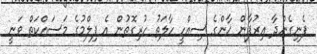
ފެނިގެންދާ އިރުފާން ޚާންގެ ސިއްހީ ހާލަތު ހުރިގޮތުން އެ ފިލްމުގެ މަސައްކަތް ވަނީ